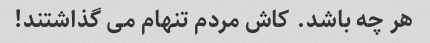
هر چه باشد. کاش مردم تنهام می گذاشتند!